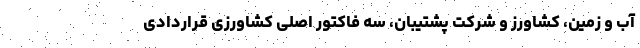
آب و زمین، کشاورز و شرکت پشتیبان، سه فاکتور اصلی کشاورزی قراردادی